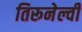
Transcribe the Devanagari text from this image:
तिरूनेल्वी